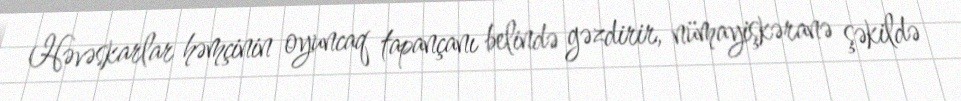
Həvəskarlar həmçinin oyuncaq tapançanı belində gəzdirir, nümayişkəranə şəkildə